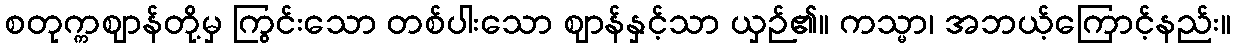
စတုက္ကဈာန်တို့မှ ကြွင်းသော တစ်ပါးသော ဈာန်နှင့်သာ ယှဉ်၏။ ကသ္မာ၊ အဘယ့်ကြောင့်နည်း။